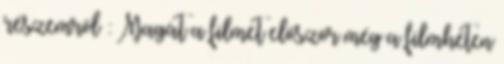
részemről : Magát a filmet először még a filmhéten